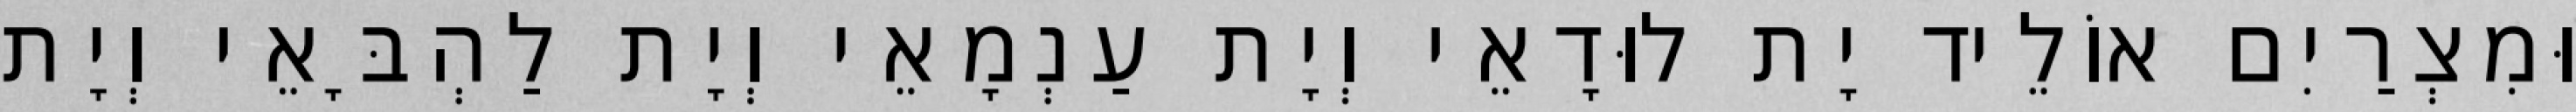
וּמִצְרַיִם אוֹלֵיד יָת לוּדָאֵי וְיָת עַנְמָאֵי וְיָת לַהְבָּאֵי וְיָת